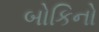
બોકિનો